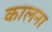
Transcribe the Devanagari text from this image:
कालना